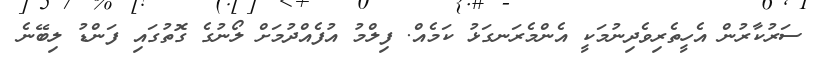
ސަރުކާރުން އެހީތެރިވެދިނުމަކީ އެންމެރަނގަޅު ކަމެއް. ފިލްމު އުފެއްދުމަށް ލޯނުގެ ގޮތުގައި ފަންޑު ލިބޭނެ